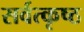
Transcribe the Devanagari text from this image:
सर्वत्कृष्ठ